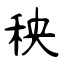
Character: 秧